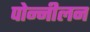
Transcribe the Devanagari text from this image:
पोन्नीलन